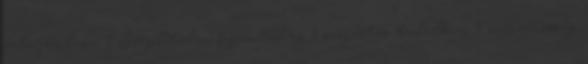
felajánlása 1 Szeplőtelen fogantatás 3 szerzetes találkozó 1 szerzetesség